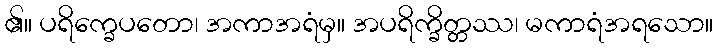
၏။ ပရိက္ခေပတော၊ အကာအရံမှ။ အပရိက္ခိတ္တဿ၊ မကာရံအရသော။